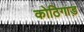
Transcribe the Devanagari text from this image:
कोठिगाड़